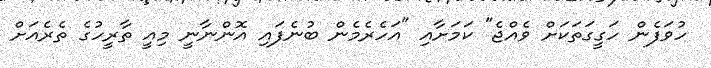
ހުވަފެން ހަގީގަތަކަށް ވެއްޖެ" ކަމަށާއި "އަހެރެމެން ބުނެފައި އޮންނާނީ މިއީ ތާރީހުގެ ތެރެއަށް